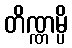
တိဏ္ဏမ္ပိ